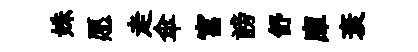
姝愿走傘宫謗舒庫衰